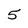
Character: 5